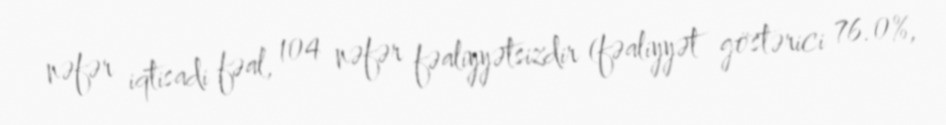
nəfər iqtisadi fəal, 104 nəfər fəaliyyətsizdir (fəaliyyət göstərici 76.0%,